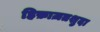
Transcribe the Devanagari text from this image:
हिफ़ाज़तशुदा